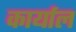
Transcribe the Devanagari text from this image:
कार्याल